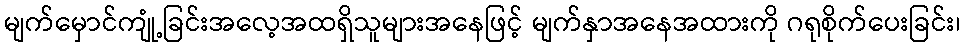
မျက်မှောင်ကျုံ့ခြင်းအလေ့အထရှိသူများအနေဖြင့် မျက်နှာအနေအထားကို ဂရုစိုက်ပေးခြင်း၊